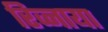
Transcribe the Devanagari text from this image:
रिव्नाया